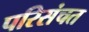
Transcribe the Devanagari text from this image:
परिसंचत